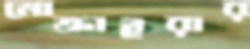
মোক্তাইরার